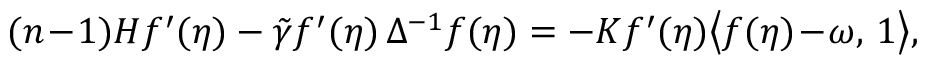
( n \! - \! 1 ) H f ^ { \prime } ( \eta ) - \tilde { \gamma } f ^ { \prime } ( \eta ) \, \Delta ^ { - 1 } f ( \eta ) = - K f ^ { \prime } ( \eta ) \big \langle f ( \eta ) \! - \! \omega , \, 1 \big \rangle ,